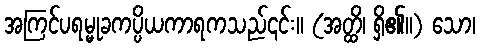
အကြင်ပရမ္မုခကပ္ပိယကာရကသည်၎င်း။ (အတ္ထိ၊ ရှိ၏။) သော၊